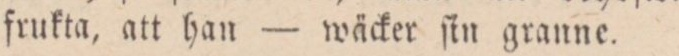
frukta, att han — wäcker ſin granne.